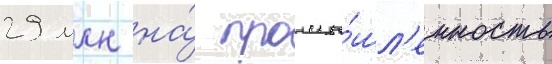
29 млн на́ промы́шл'енность